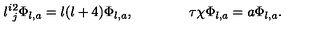
l ^ { i } { } _ { j } ^ { 2 } \Phi _ { l , a } = l ( l + 4 ) \Phi _ { l , a } , \qquad \qquad \tau \chi \Phi _ { l , a } = a \Phi _ { l , a } .